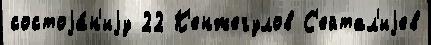
состоjа́н'иjу 22 К'енжегулов С'ейтал'иjев